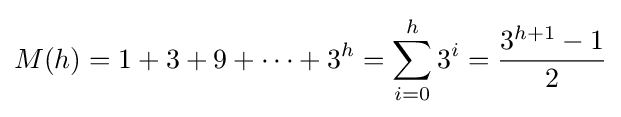
M(h)=1+3+9+\cdots +3^{h}=\sum _{i=0}^{h}3^{i}={\frac {3^{h+1}-1}{2}}